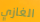
الغازي